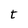
Character: t